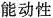
能动性